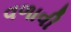
વળાવી